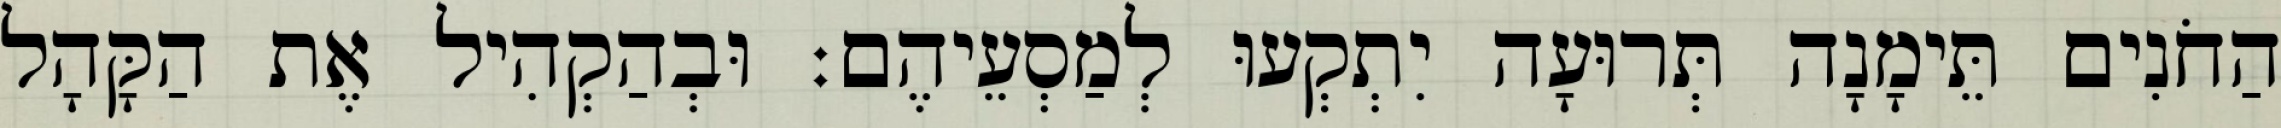
הַחֹנִים תֵּימָנָה תְּרוּעָה יִתְקְעוּ לְמַסְעֵיהֶם׃ וּבְהַקְהִיל אֶת הַקָּהָל